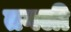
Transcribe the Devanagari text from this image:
तगली